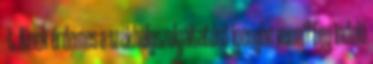
–t. Kinek érdemes a székhelyszolgáltatást igénybe venni? Egy induló